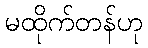
မထိုက်တန်ဟု